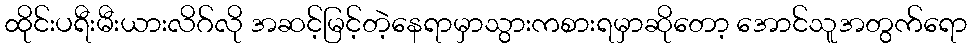
ထိုင်းပရီးမီးယားလိဂ်လို အဆင့်မြင့်တဲ့နေရာမှာသွားကစားရမှာဆိုတော့ အောင်သူအတွက်ရော